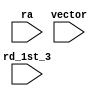
`timescale 1 ps / 1 ps

module id_vers_checker(rd_1st_3,
                       ra,
                       vector);
                       
parameter VECTOR_ID_VERS_ADDR = 0;
parameter VECTOR_ID_VERS = 0;
parameter VECTOR_WIDTH = 0;
parameter VECTOR_RA_W = 0;
parameter VECTOR_NAME = 0;
parameter ID_VERS_NAME = 0;

input                        rd_1st_3;
input [VECTOR_RA_W  - 1 : 0] ra;
input [VECTOR_WIDTH - 1 : 0] vector;

wire addr_eq_id_version_addr   = ra == VECTOR_ID_VERS_ADDR;
wire addr_eq_id_version        = addr_eq_id_version_addr & rd_1st_3;
wire vector_id_version_correct = (vector == VECTOR_ID_VERS);
reg  vector_id_version_match;

always@(posedge addr_eq_id_version) begin
      vector_id_version_match = 1'b0;
      if (vector_id_version_correct ) begin 
         vector_id_version_match = 1'b1;
         $display("%s MATCHED   for %s vector ! tb ra = %d Defined %s VECTOR %s = %d File  %s = %d Continuing simulation!",
                   ID_VERS_NAME, VECTOR_NAME, ra, VECTOR_NAME, ID_VERS_NAME, VECTOR_ID_VERS, ID_VERS_NAME, vector);
      end else begin 
         vector_id_version_match = 1'b0;
         $display("%s MISMATCH   for %s vector ! tb ra = %d Defined %s VECTOR %s != %d File  %s = %d Exiting simulation!",
                   ID_VERS_NAME, VECTOR_NAME, ra, VECTOR_NAME, ID_VERS_NAME, VECTOR_ID_VERS, ID_VERS_NAME, vector);
         //stop_vec_mtc = 1'b1;
         //$finish;
      end
end

endmodule